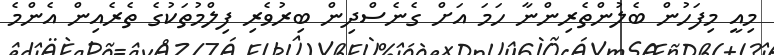
މިއީ މިފަހުން ބެލުންތެރިންނާ ހަމަ އަށް ގެނެސްދިން ބިރުވެރި ފިލްމުތަކުގެ ތެރެއިން އެންމެ